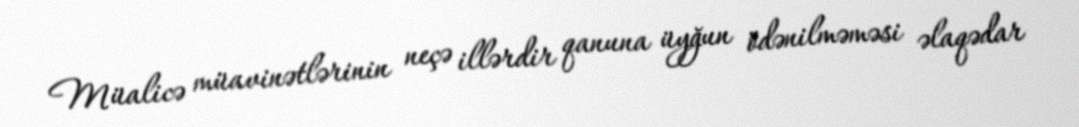
Müalicə müavinətlərinin neçə illərdir qanuna üyğun ödənilməməsi əlaqədar